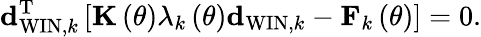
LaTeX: {\mathbf d}_{\mathrm{WIN},k}^{\mathrm{T}}\left[{\mathbf K}\left(\theta\right)\lambda_{k}\left(\theta\right){\mathbf d}_{\mathrm{WIN},k}-{\mathbf F}_{k}\left(\theta\right)\right]=0.